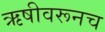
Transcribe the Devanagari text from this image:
ऋषीवरूनच